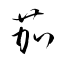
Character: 茄